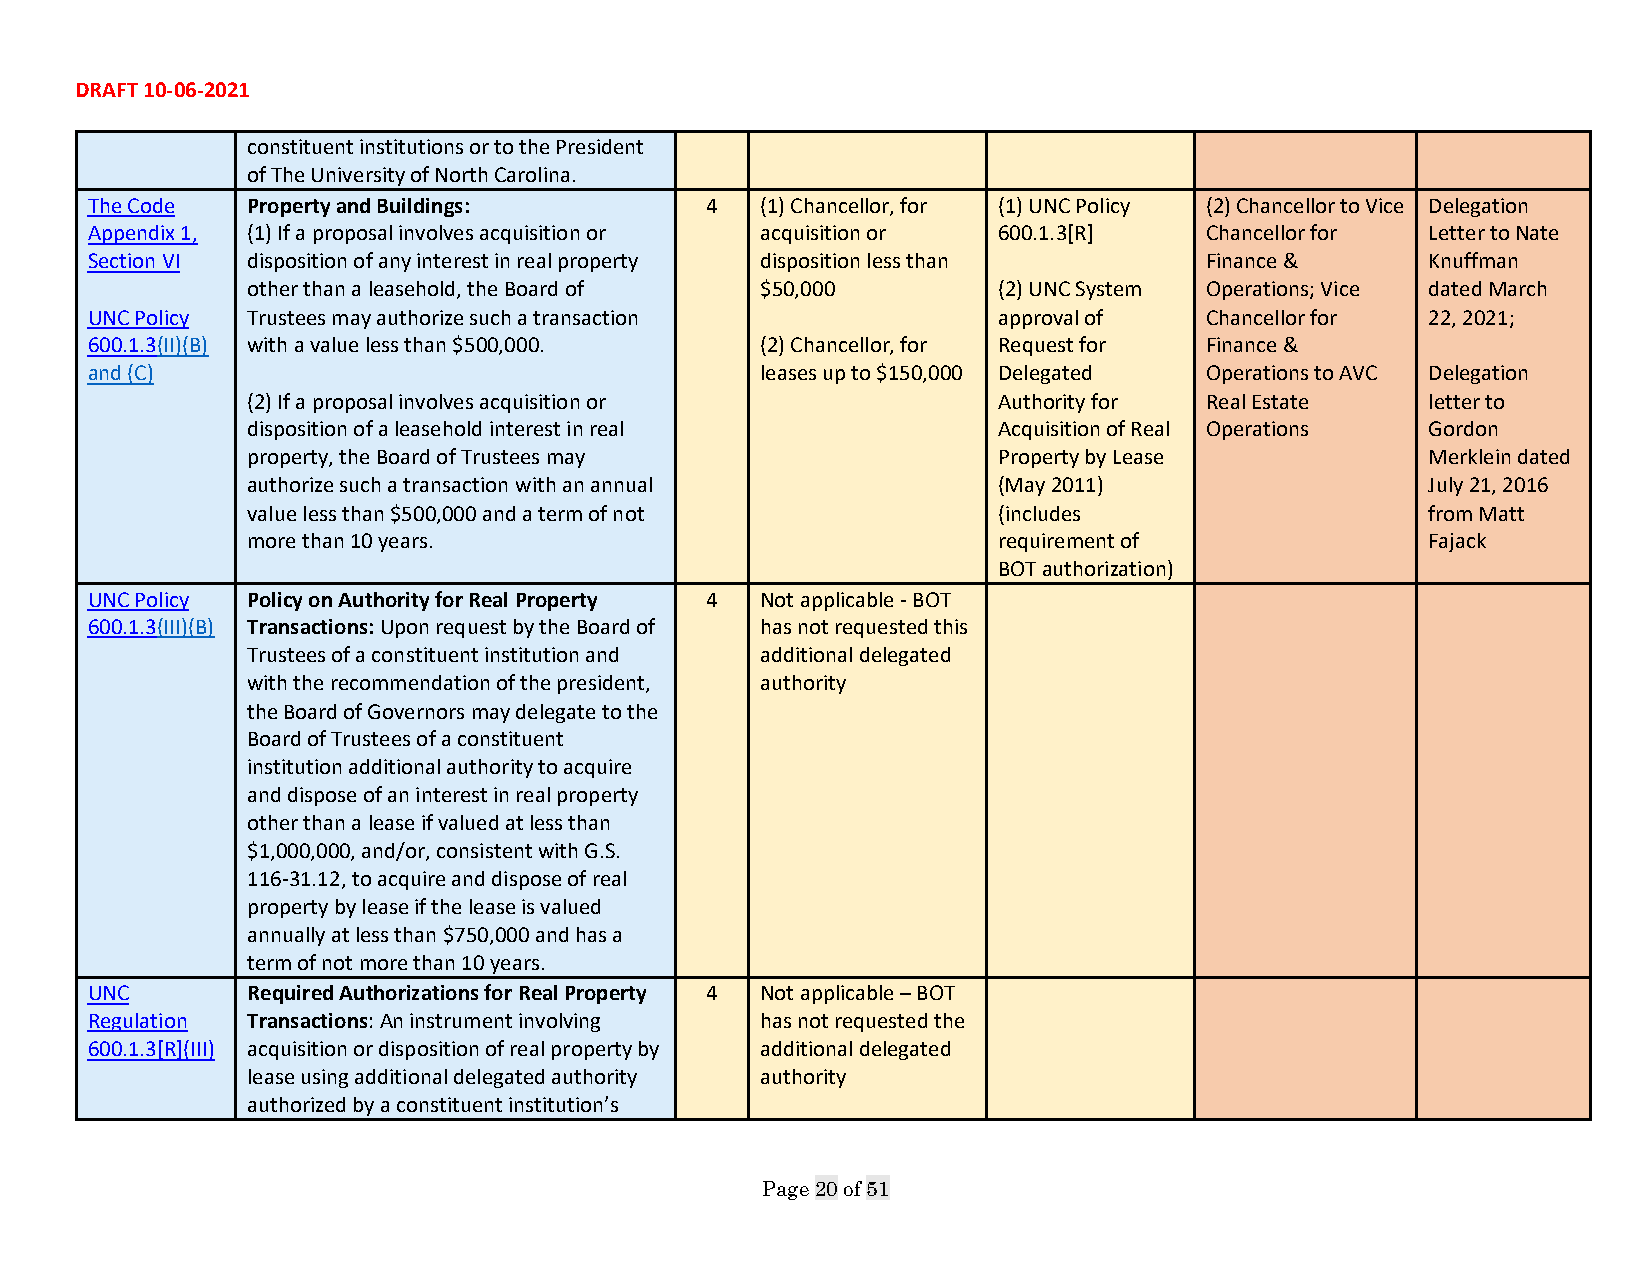
DRAFT 10-06-2021
 constituent institutions or to the President
 of The University of North Carolina.
 The Code  Property and Buildings:        4  (1) Chancellor, for (1) UNC Policy (2) Chancellor to Vice Delegation
 Appendix 1, (1) If a proposal involves acquisition or acquisition or 600.1.3[R] Chancellor for Letter to Nate
 Section VI disposition of any interest in real property disposition less than Finance &  Knuffman
 other than a leasehold, the Board of $50,000      (2) UNC System Operations; Vice dated March
 UNC Policy Trustees may authorize such a transaction        approval of   Chancellor for 22, 2021;
 600.1.3(II)(B) with a value less than $500,000. (2) Chancellor, for Request for Finance &
 and (C)                                     leases up to $150,000 Delegated Operations to AVC Delegation
 (2) If a proposal involves acquisition or         Authority for Real Estate    letter to
 disposition of a leasehold interest in real       Acquisition of Real Operations Gordon
 property, the Board of Trustees may               Property by Lease            Merklein dated
 authorize such a transaction with an annual       (May 2011)                   July 21, 2016
 value less than $500,000 and a term of not        (includes                    from Matt
 more than 10 years.                               requirement of               Fajack
 BOT authorization)
 UNC Policy Policy on Authority for Real Property 4 Not applicable - BOT
 600.1.3(III)(B) Transactions: Upon request by the Board of has not requested this
 Trustees of a constituent institution and additional delegated
 with the recommendation of the president, authority
 the Board of Governors may delegate to the
 Board of Trustees of a constituent
 institution additional authority to acquire
 and dispose of an interest in real property
 other than a lease if valued at less than
 $1,000,000, and/or, consistent with G.S.
 116-31.12, to acquire and dispose of real
 property by lease if the lease is valued
 annually at less than $750,000 and has a
 term of not more than 10 years.
 UNC       Required Authorizations for Real Property 4 Not applicable – BOT
 Regulation Transactions: An instrument involving has not requested the
 600.1.3[R](III) acquisition or disposition of real property by additional delegated
 lease using additional delegated authority authority
 authorized by a constituent institution’s
 Page 20 of 51